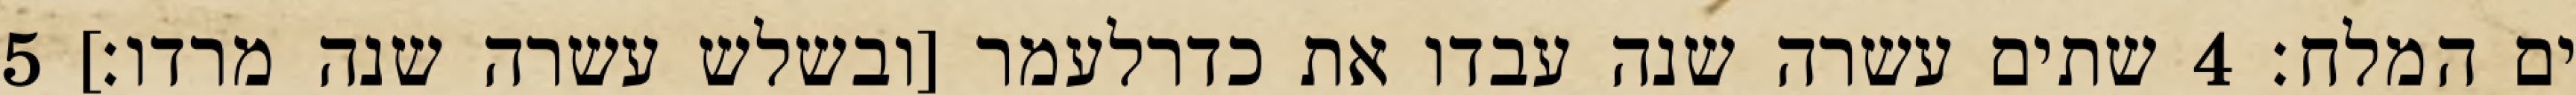
ים המלח׃ ‎4‏ שתים עשרה שנה עבדו את כדרלעמר [ובשלש עשרה שנה מרדו׃] ‎5‏